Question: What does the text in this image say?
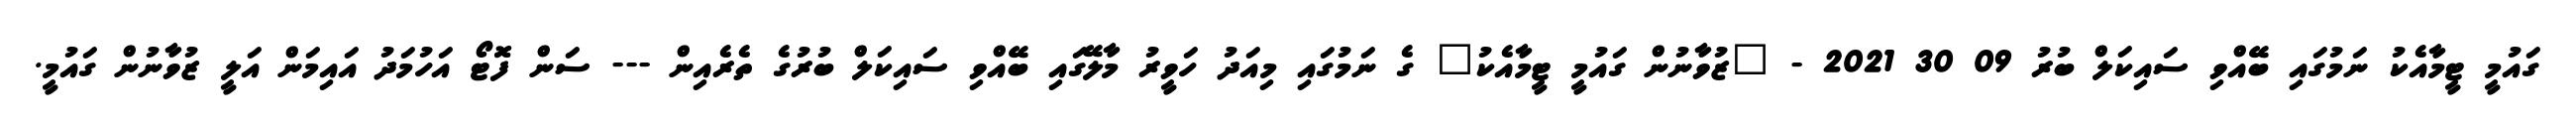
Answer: ގައުމީ ޓީމާއެކު ނަމުގައި ބޭއްވި ސައިކަލް ބުރު 09 30 2021 - "ޒުވާނުން ގައުމީ ޓީމާއެކު" ގެ ނަމުގައި މިއަދު ހަވީރު މާލޭގައި ބޭއްވި ސައިކަލް ބުރުގެ ތެރެއިން --- ސަން ފޮޓޯ އަހުމަދު އައިމަން އަލީ ޒުވާނުން ގައުމީ.